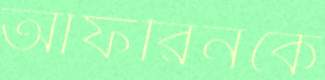
আফরিনকে